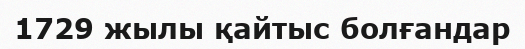
1729 жылы қайтыс болғандар